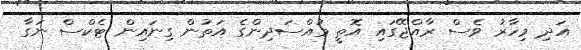
އަދި މިހާރު ވެސް ރާއްޖޭގައި އޮތީ މުއްސަދިންގެ އަތުން ގިނައިން ޓެކްސް ނަގާ